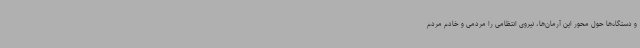
و دستگاه‌ها حول محور این آرمان‌ها، نیروی انتظامی را مردمی و خادم مردم